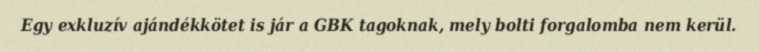
Egy exkluzív ajándékkötet is jár a GBK tagoknak, mely bolti forgalomba nem kerül.